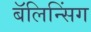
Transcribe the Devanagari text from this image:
बॅलिन्सिंग